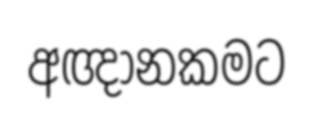
අඥානකමට